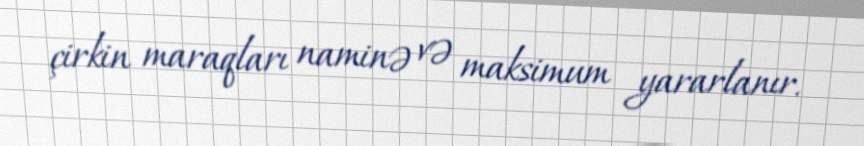
çirkin maraqları naminə və maksimum yararlanır.